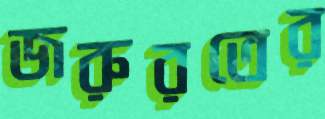
জরুরতের